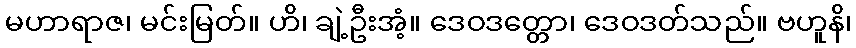
မဟာရာဇ၊ မင်းမြတ်။ ဟိ၊ ချဲ့ဦးအံ့။ ဒေဝဒတ္တော၊ ဒေဝဒတ်သည်။ ဗဟူနိ၊